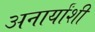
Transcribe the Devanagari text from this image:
अनार्यांशी